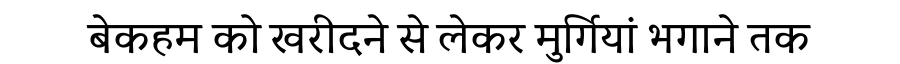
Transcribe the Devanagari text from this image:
बेकहम को खरीदने से लेकर मुर्गियां भगाने तक